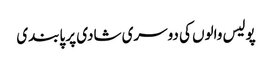
پولیس والوں کی دوسری شادی پر پابندی